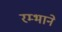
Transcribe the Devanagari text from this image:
रम्भाने